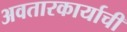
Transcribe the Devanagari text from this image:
अवतारकार्याची